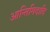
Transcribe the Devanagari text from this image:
आन्तिगिदादि